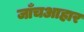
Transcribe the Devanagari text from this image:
जाँचआहार